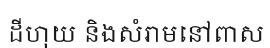
ដីហុយ និងសំរាមនៅពាស